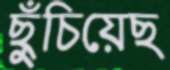
ছুঁচিয়েছ